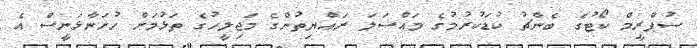
ސުޕްރީމް ކޯޓުގެ ބެންޗު ކުޑަކުރުމުގެ މައްސަލަ ރައްޔިތުންގެ މަޖިލީހުގެ ތަޅުމަށް ހުށަނާޅަނީސް އެ